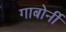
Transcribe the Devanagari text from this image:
गाबोर्नी